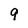
Character: 9